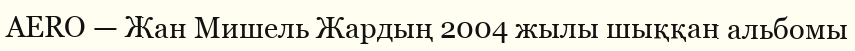
AERO — Жан Мишель Жардың 2004 жылы шыққан альбомы